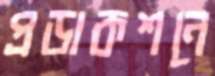
প্রডাকশনে